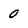
Character: 0